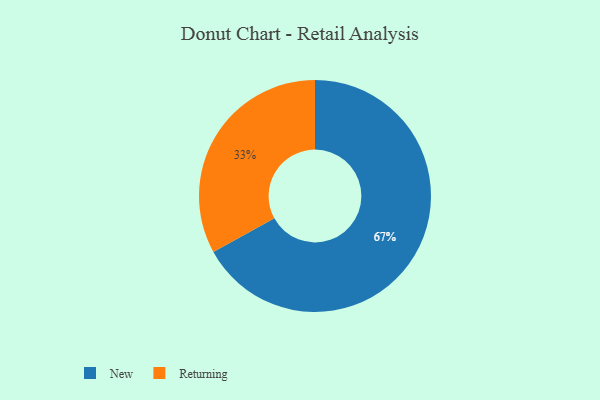
{"axis": {"x": "Category", "y": "Percentage"}, "legend": ["New", "Returning"], "data": [{"x": "Returning", "y": 33, "type": "Returning"}, {"x": "New", "y": 67, "type": "New"}]}